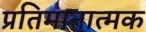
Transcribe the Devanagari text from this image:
प्रतिमानात्मक